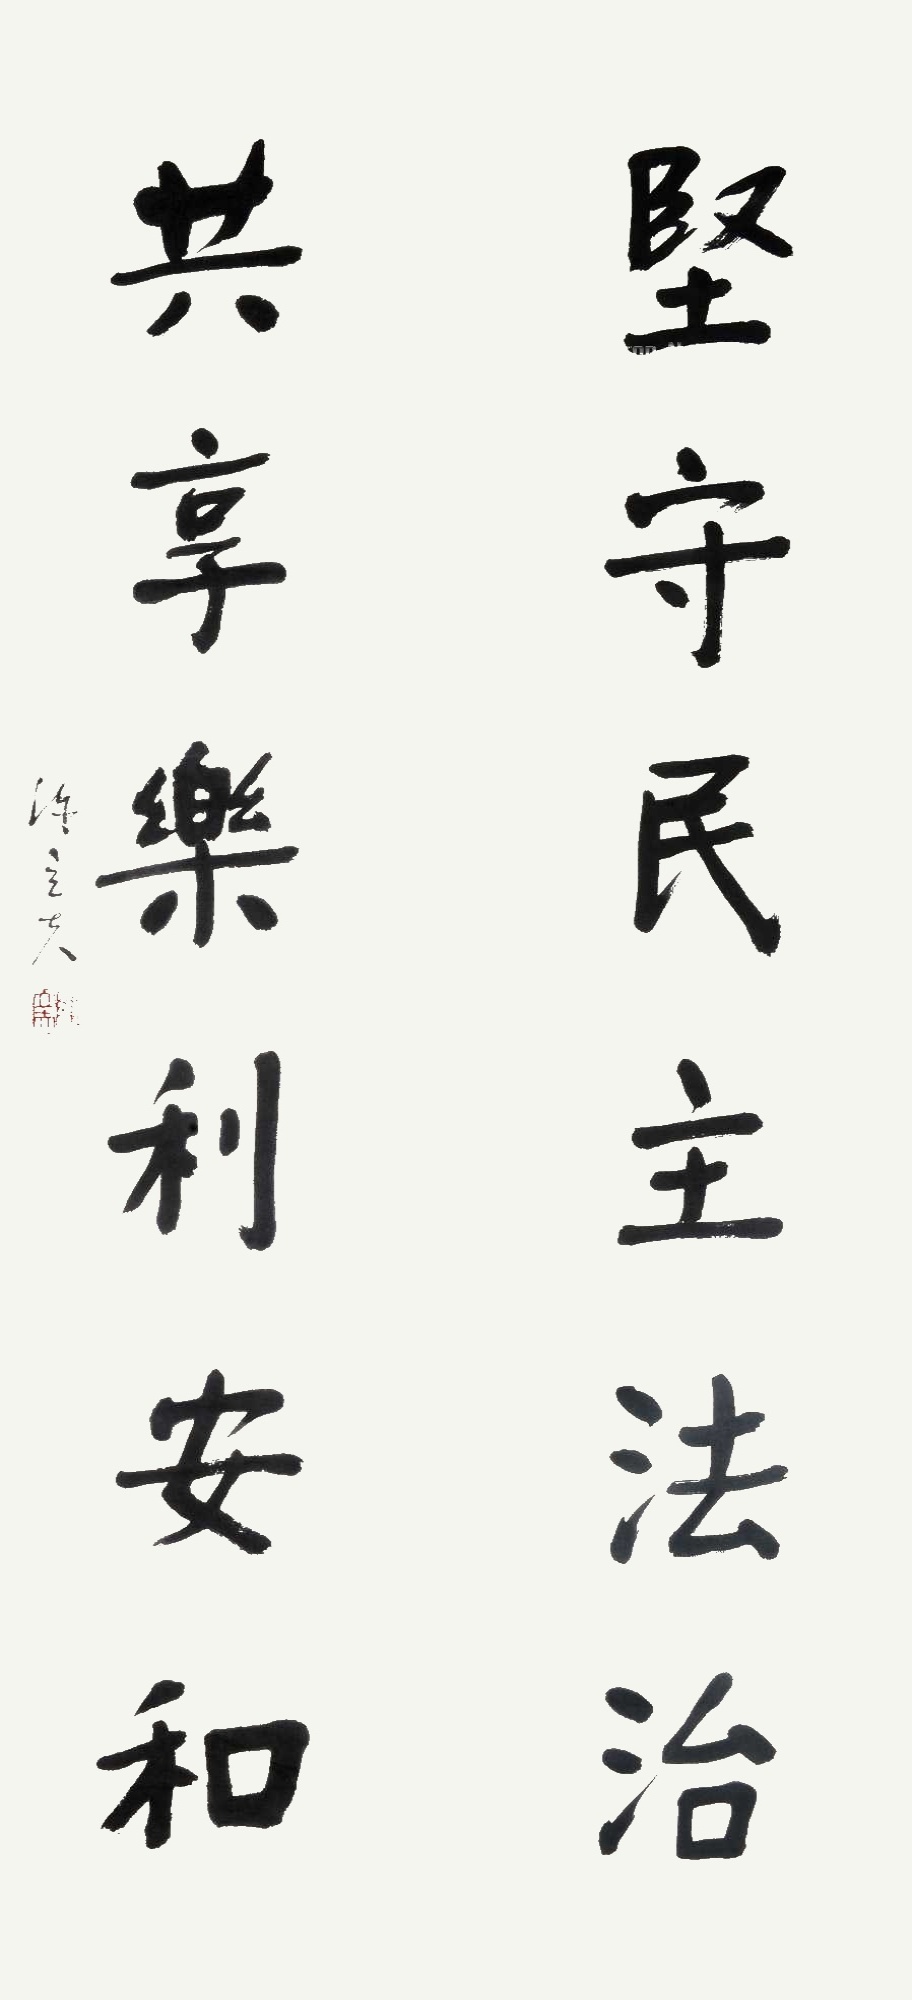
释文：坚守民主法治，共享乐利安和。陈立夫。